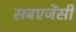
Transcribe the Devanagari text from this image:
सबएजेंसी